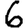
Digit: 6